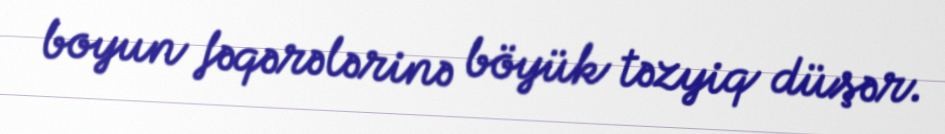
boyun fəqərələrinə böyük təzyiq düşər.